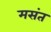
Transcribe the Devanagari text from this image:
मसंत